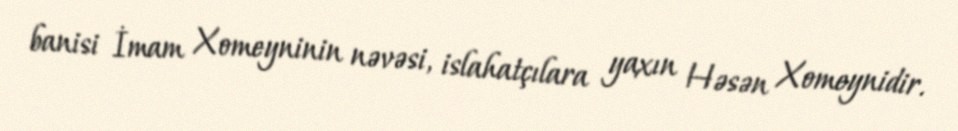
banisi İmam Xomeyninin nəvəsi, islahatçılara yaxın Həsən Xomeynidir.